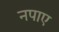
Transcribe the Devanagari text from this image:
नपाए